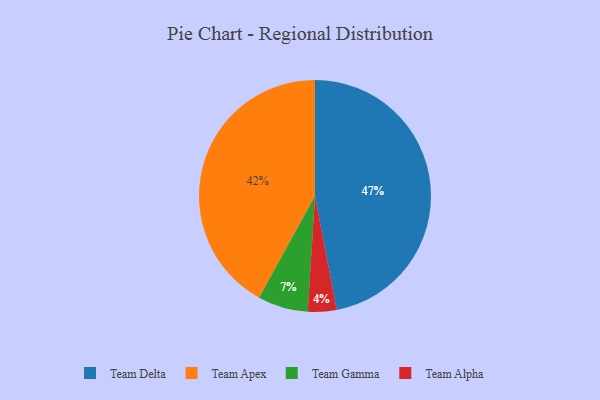
{"axis": {"x": "Category", "y": "Percentage"}, "legend": ["Team Alpha", "Team Apex", "Team Delta", "Team Gamma"], "data": [{"x": "Team Delta", "y": 47, "type": "Team Delta"}, {"x": "Team Gamma", "y": 7, "type": "Team Gamma"}, {"x": "Team Alpha", "y": 4, "type": "Team Alpha"}, {"x": "Team Apex", "y": 42, "type": "Team Apex"}]}